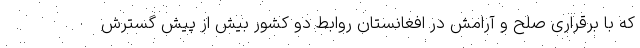
که با برقراری صلح و آرامش در افغانستان روابط دو کشور بیش از پیش گسترش